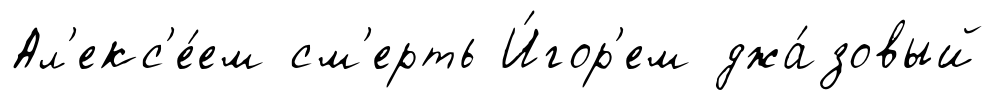
Ал'екс'е́ем см'ерть И́гор'ем джа́зовый